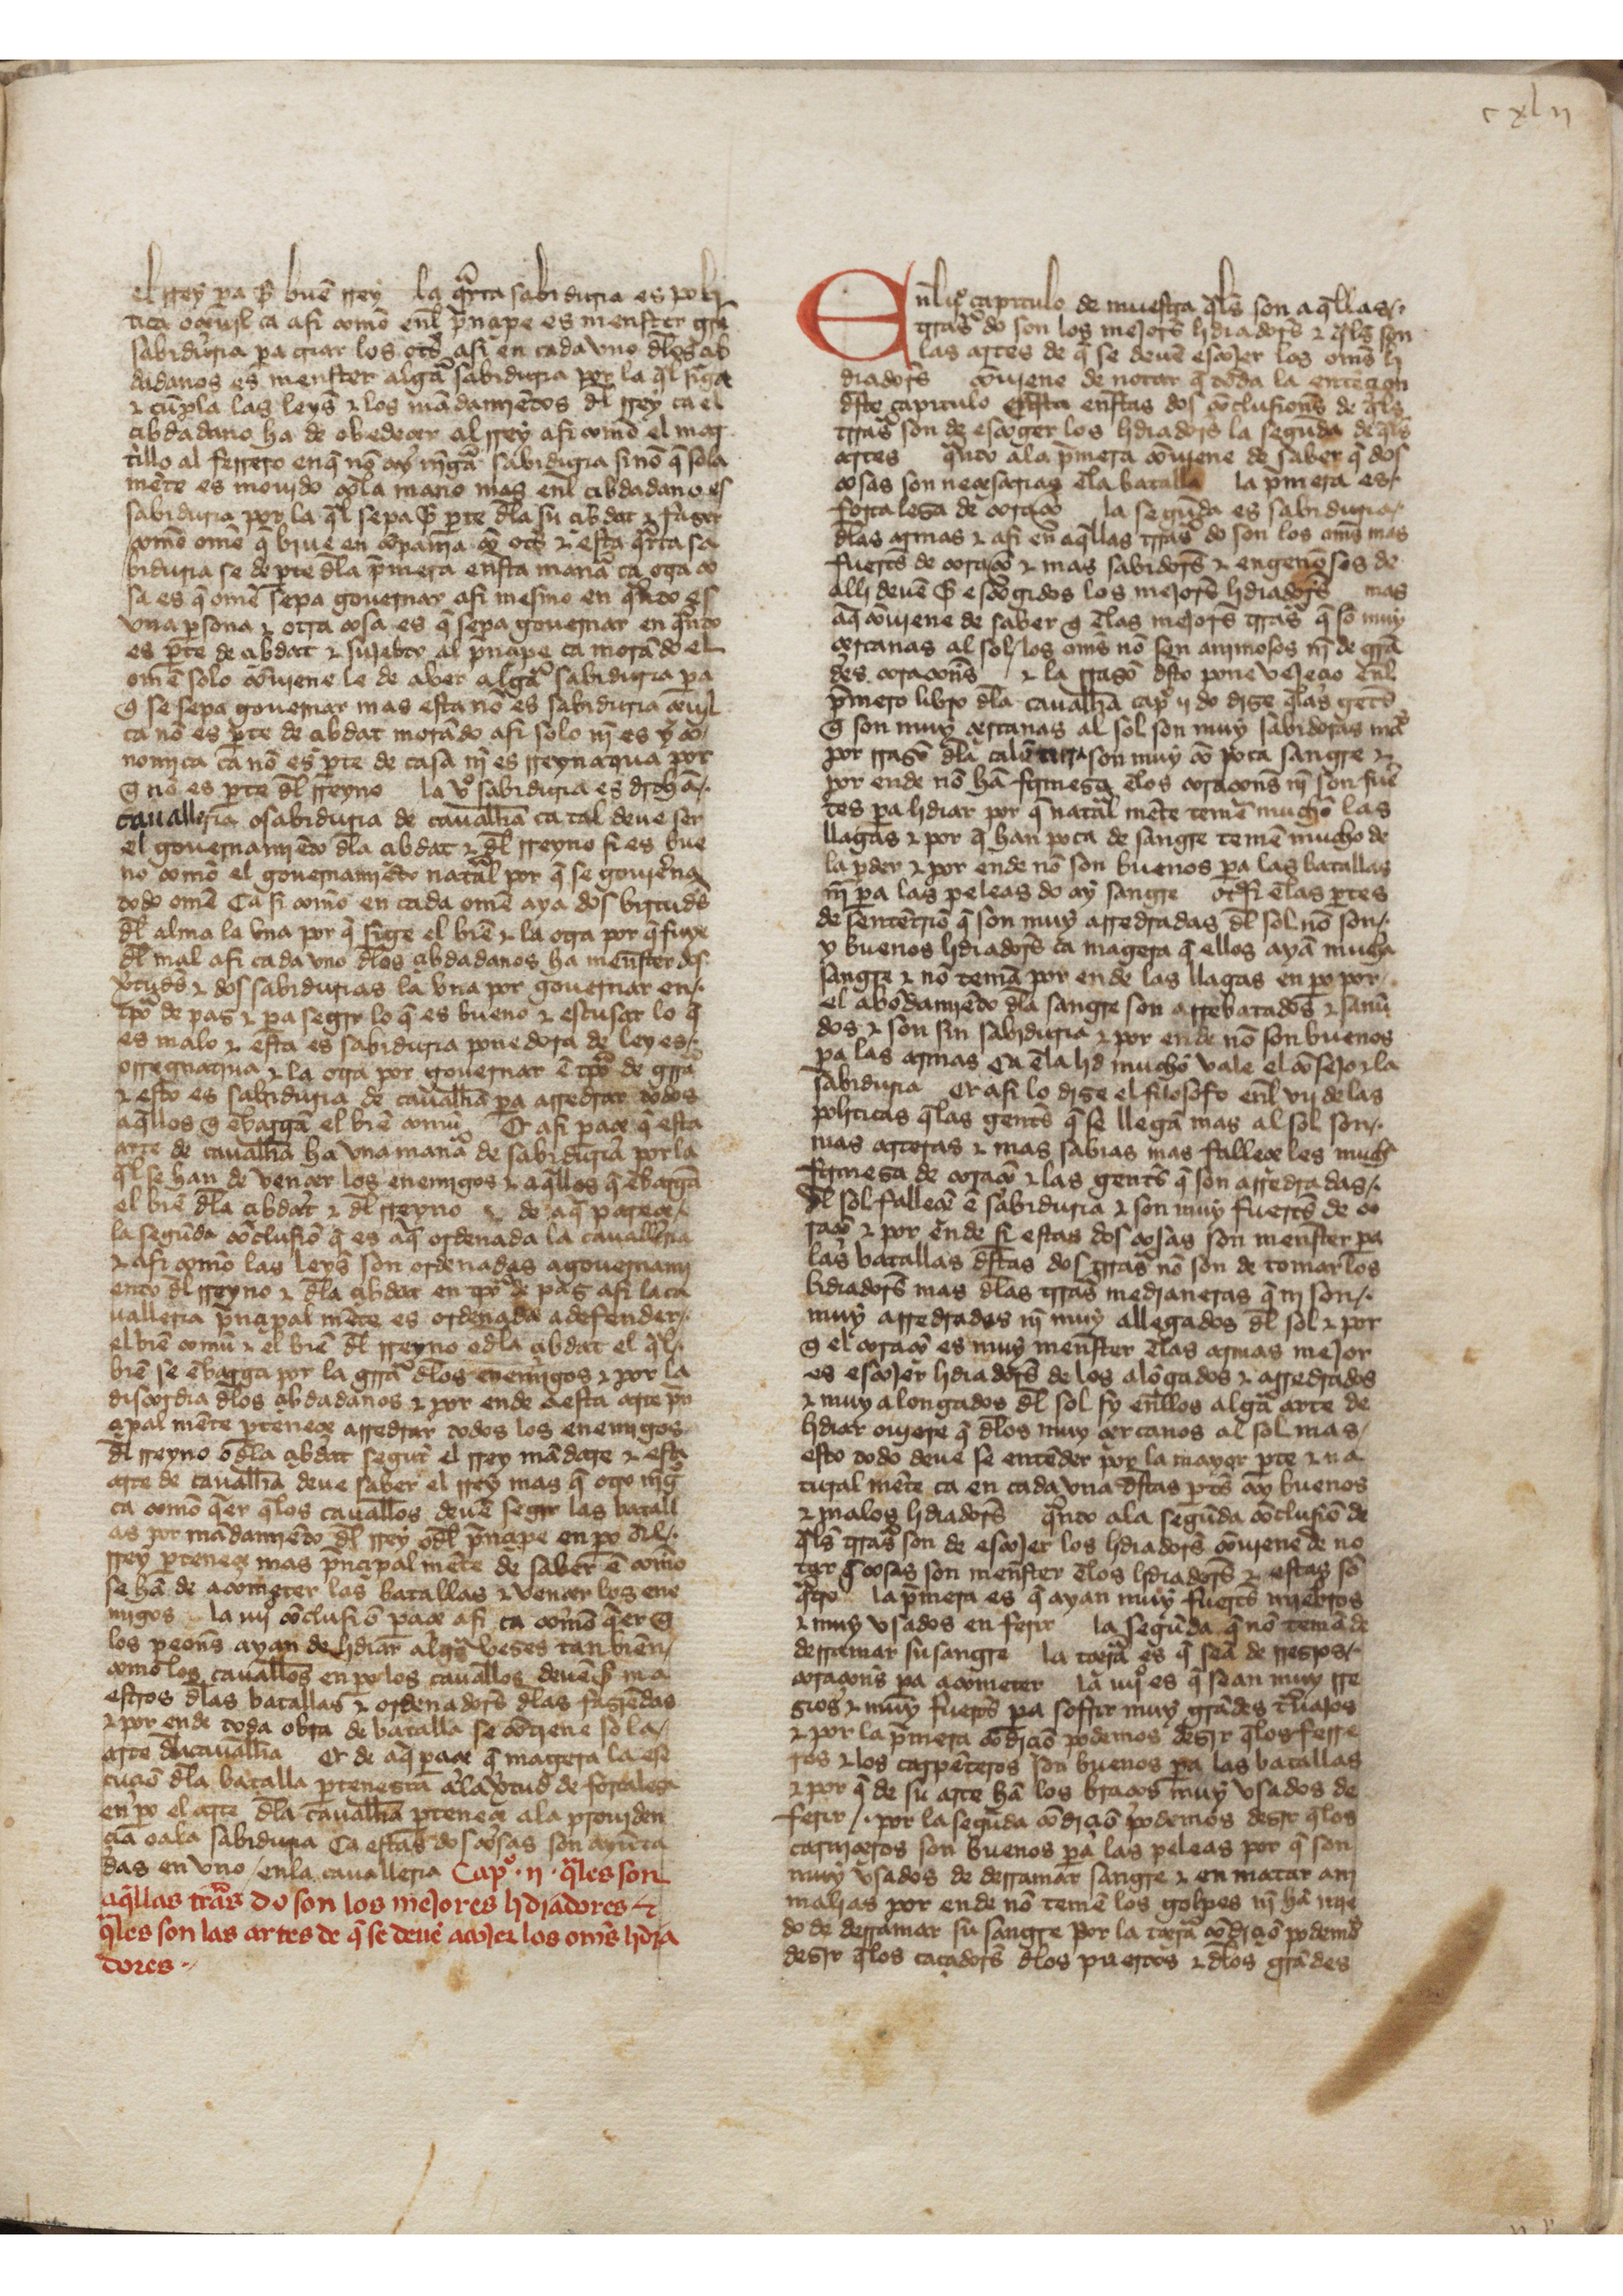
Shelfmark: San Lorenzo de El Escorial, RBME, K.I.5
Century: 15